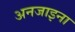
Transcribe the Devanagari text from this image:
अनजाइना